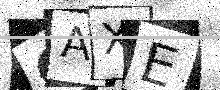
Text: OAXE